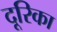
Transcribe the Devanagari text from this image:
दूरिका